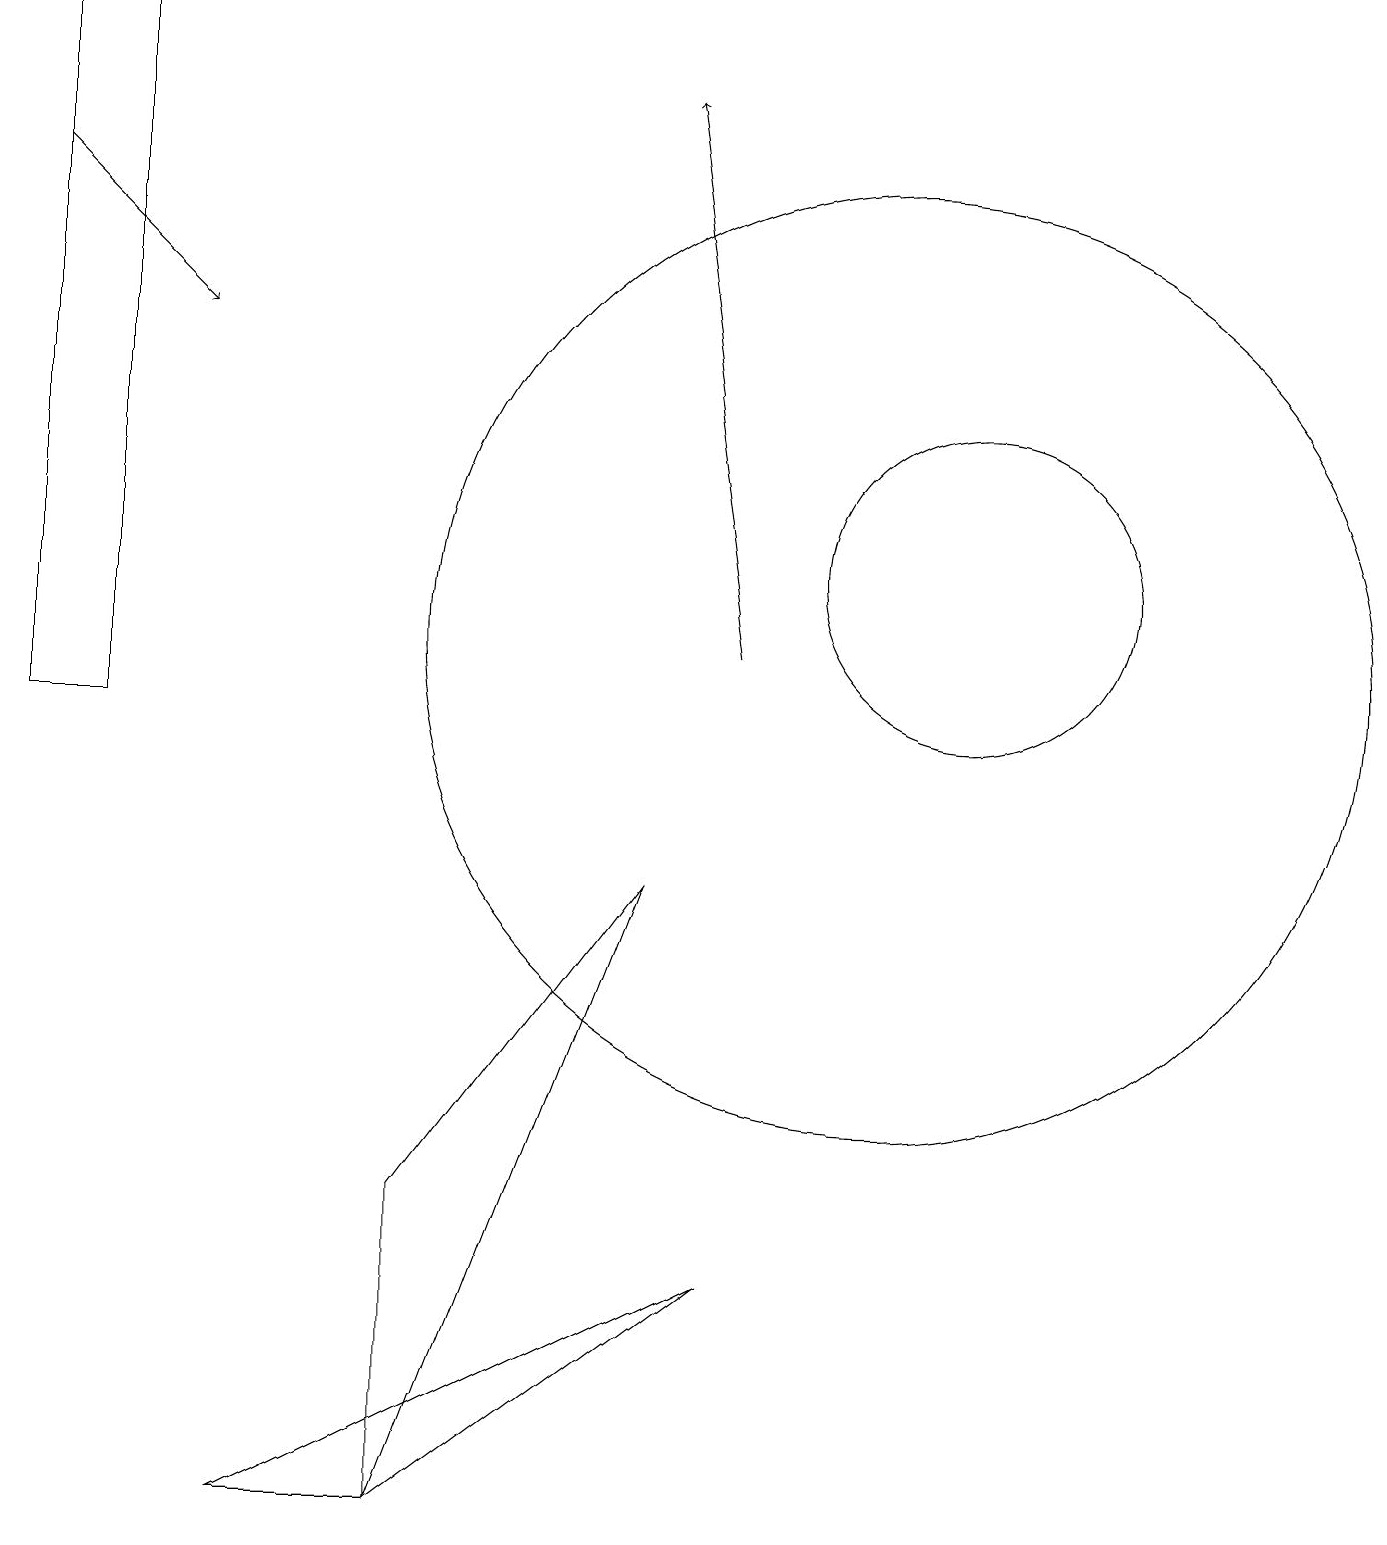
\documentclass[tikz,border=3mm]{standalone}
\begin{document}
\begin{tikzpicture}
\draw (1,10) rectangle (0,19);
\draw (12,12) circle (2);
\draw (5,0) -- (5,4) -- (8,8) -- cycle;
\draw[->] (0,17) -- (2,15);
\draw (11,11) circle (6);
\draw (0,19) rectangle (0,17);
\draw (9,3) -- (5,0) -- (3,0) -- cycle;
\draw[->] (9,11) -- (8,18);
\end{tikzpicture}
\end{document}